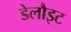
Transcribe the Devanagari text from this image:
डेलौइट